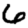
Digit: 6